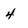
Character: 4